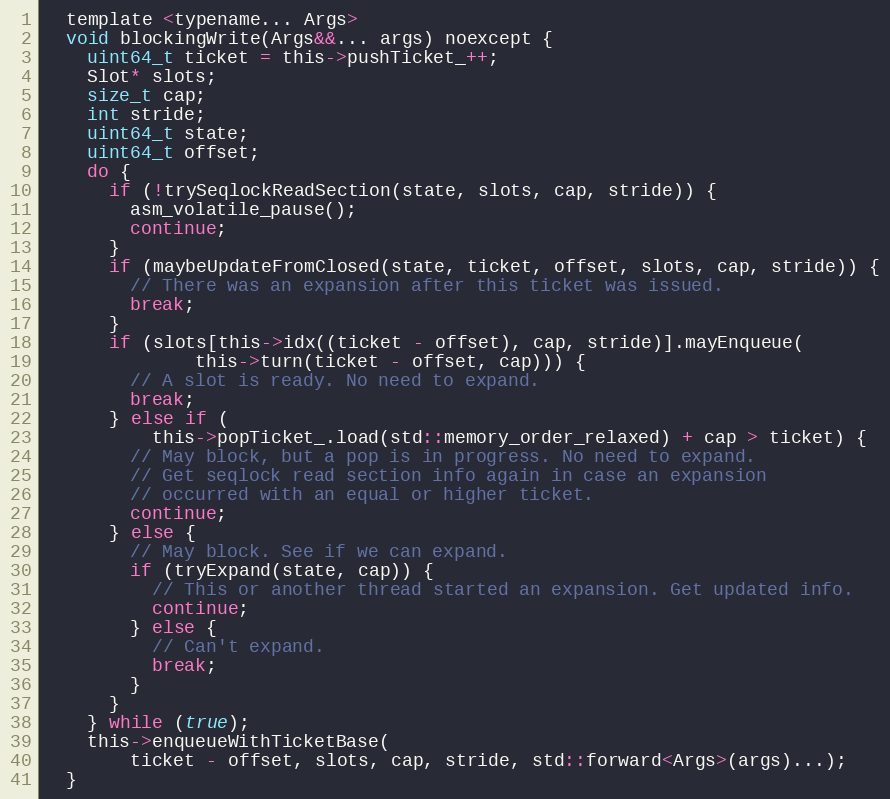
Language: C
  template <typename... Args>
  void blockingWrite(Args&&... args) noexcept {
    uint64_t ticket = this->pushTicket_++;
    Slot* slots;
    size_t cap;
    int stride;
    uint64_t state;
    uint64_t offset;
    do {
      if (!trySeqlockReadSection(state, slots, cap, stride)) {
        asm_volatile_pause();
        continue;
      }
      if (maybeUpdateFromClosed(state, ticket, offset, slots, cap, stride)) {
        // There was an expansion after this ticket was issued.
        break;
      }
      if (slots[this->idx((ticket - offset), cap, stride)].mayEnqueue(
              this->turn(ticket - offset, cap))) {
        // A slot is ready. No need to expand.
        break;
      } else if (
          this->popTicket_.load(std::memory_order_relaxed) + cap > ticket) {
        // May block, but a pop is in progress. No need to expand.
        // Get seqlock read section info again in case an expansion
        // occurred with an equal or higher ticket.
        continue;
      } else {
        // May block. See if we can expand.
        if (tryExpand(state, cap)) {
          // This or another thread started an expansion. Get updated info.
          continue;
        } else {
          // Can't expand.
          break;
        }
      }
    } while (true);
    this->enqueueWithTicketBase(
        ticket - offset, slots, cap, stride, std::forward<Args>(args)...);
  }